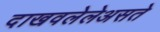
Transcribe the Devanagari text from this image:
दाखवलेलेअसते